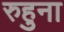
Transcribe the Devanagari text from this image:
रुहुना